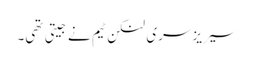
سیریز سری لنکن ٹیم نے جیتی تھی۔